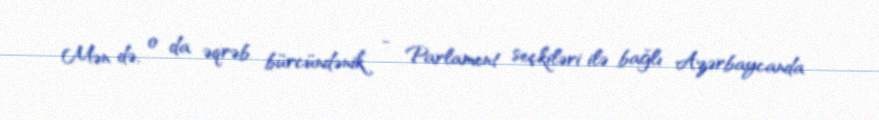
Mən də, o da əqrəb bürcündənik - Parlament seçkiləri ilə bağlı Azərbaycanda